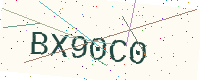
Text: BX90C0